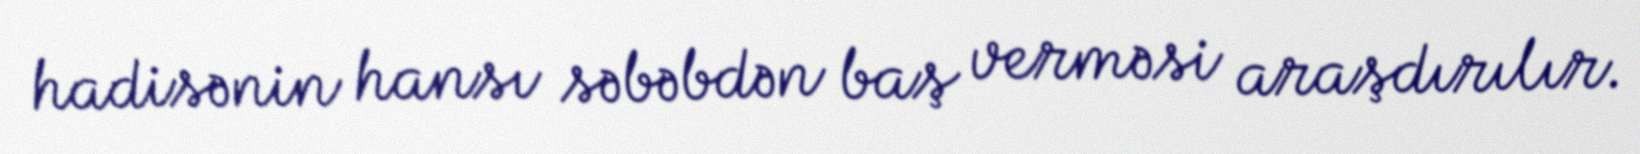
hadisənin hansı səbəbdən baş verməsi araşdırılır.